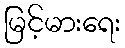
မြင့်မားရေး